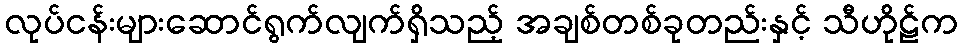
လုပ်ငန်းများဆောင်ရွက်လျက်ရှိသည့် အချစ်တစ်ခုတည်းနှင့် သီဟိုဠ်က